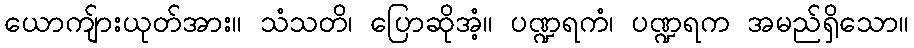
ယောကျ်ားယုတ်အား။ သံသတိ၊ ပြောဆိုအံ့။ ပဏ္ဍရကံ၊ ပဏ္ဍရက အမည်ရှိသော။